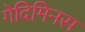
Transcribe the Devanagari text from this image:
गेदिमिनस